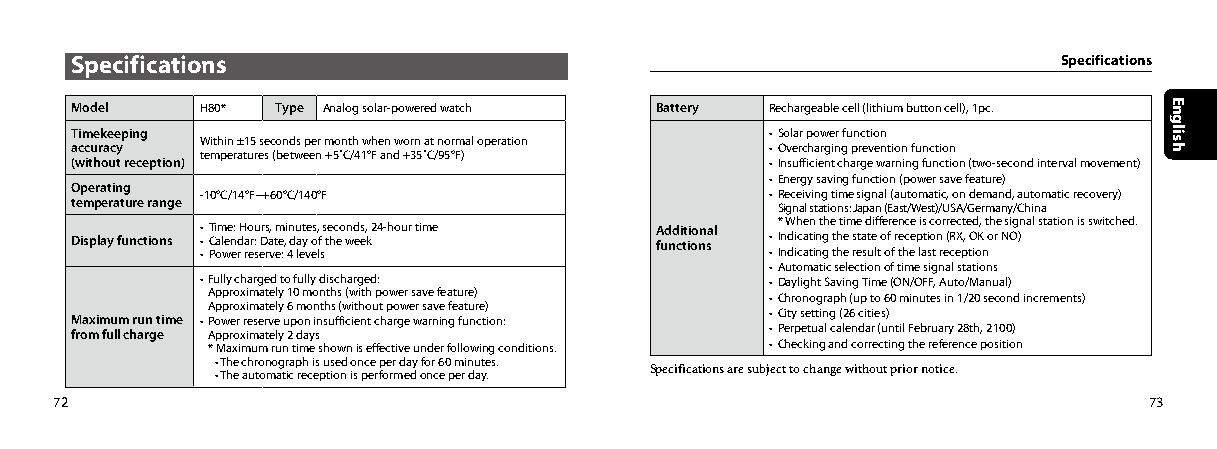
Specifications                                                   Specifications
 Model   H80* Type Analog solar-powered watch Battery Rechargeable cell (lithium button cell), 1pc.
 Timekeeping                                   • Solar power function
 Within ±15 seconds per month when worn at normal operation
 accuracy                                      • Overcharging prevention function
 temperatures (between +5˚C/41°F and +35˚C/95°F)
 (without reception)                           • Insufficient charge warning function (two-second interval movement)
 • Energy saving function (power save feature)
 Operating
 -10°C/14°F~+60°C/140°F                • Receiving time signal (automatic, on demand, automatic recovery)
 temperature range                             Signal stations: Japan (East/West)/USA/Germany/China
 Display functions • • T Ci am lee n: dH ao ru : Drs a, tm e,i n du at ye os, f s te hc eo wnd ees, k 2 4-hour time A fud nd ci tt ii oo nn sal • * In W dih ce an ti nth ge t hti em se ta d ti ef f oe fr e ren cc ee p is ti c oo nr (r Rec Xt , e Od K, t oh re N s Oig )nal station is switched.
 • Power reserve: 4 levels             • Indicating the result of the last reception
 • Automatic selection of time signal stations
 • Fully charged to fully discharged:  • Daylight Saving Time (ON/OFF, Auto/Manual)
 Approximately 10 months (with power save feature) • Chronograph (up to 60 minutes in 1/20 second increments)
 Approximately 6 months (without power save feature)
 Maximum run time • Power reserve upon insufficient charge warning function: • City setting (26 cities)
 from full charge Approximately 2 days         • Perpetual calendar (until February 28th, 2100)
 * Maximum run time shown is effective under following conditions. • Checking and correcting the reference position
 • The chronograph is used once per day for 60 minutes.
 • The automatic reception is performed once per day. Specifications are subject to change without prior notice.
 72                                                                      73
 English